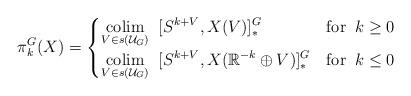
LaTeX: \begin{align*}\pi^G_k(X) = \begin{cases}\displaystyle\operatorname*{colim}_{V \in s(\mathcal{U}_G)} \;\; [S^{k+V}, X(V)]_*^G & \mathrm{for} \;\; k \geq 0 \\\displaystyle\operatorname*{colim}_{{V \in s(\mathcal{U}_G)}} \;\; [S^{k+V}, X(\mathbb{R}^{-k} \oplus V)]_*^G & \mathrm{for}\;\; k \leq 0\end{cases}\end{align*}